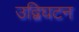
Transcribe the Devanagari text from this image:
उद्विघटन